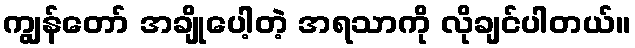
ကျွန်တော် အချိုပေါ့တဲ့ အရသာကို လိုချင်ပါတယ်။